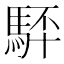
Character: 䮆